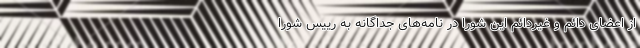
از اعضای دائم و غیردائم این شورا در نامه‌های جداگانه به رییس شورا